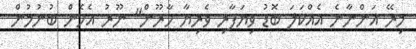
މިރޭ އަންނާނެ އެއްކަލަ ބޮޑު ވިޔަފާރި ވެރިޔާ ހާރޫން" ނޫރު އެހެން ބުނުމުން